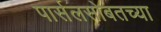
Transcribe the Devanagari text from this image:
पार्सलसोबतच्या